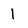
Character: 1